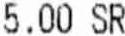
5.00 SR